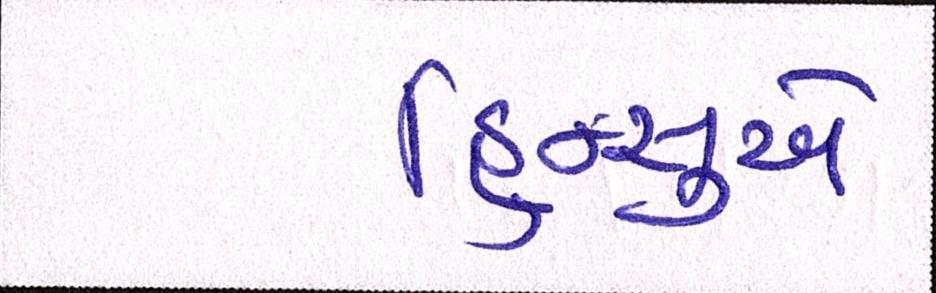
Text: હિન્સુએ